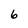
Character: 6